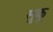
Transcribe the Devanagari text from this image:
सुकू